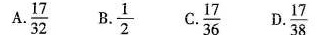
A.\frac{17}{32} B.\frac{1}{2} C.\frac{17}{36} D.\frac{17}{38}